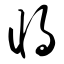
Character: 将